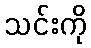
သင်းကို